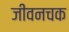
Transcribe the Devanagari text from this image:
जीवनचक